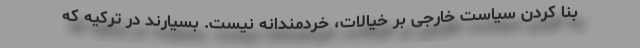
بنا کردن سیاست خارجی بر خیالات، خردمندانه نیست. بسیارند در ترکیه که